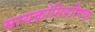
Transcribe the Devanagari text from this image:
मायक्रोसिस्टीमचा